Report of the Indian Hemp Drugs Commission, 1894-1895 - Volume I
Year: 1894
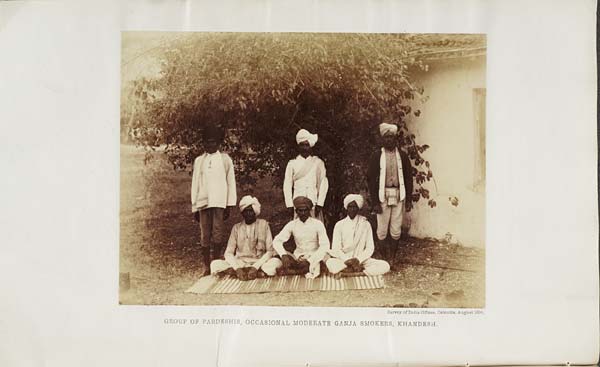
Surrey of India Offices, Calcutta, August 1894.
GROUP OF PARDESHIS, OCCASIONAL MODERATE GANJA SMOKERS, KHANDESH.